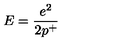
E = \frac { e ^ { 2 } } { 2 p ^ { + } }